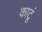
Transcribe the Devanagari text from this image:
काटूं